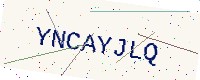
Text: YNCAYJLQ